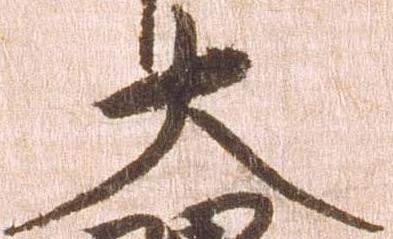
大